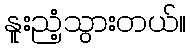
နူးညံ့သွားတယ်။